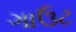
ગાઉટ